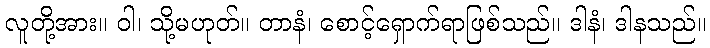
လူတို့အား။ ဝါ၊ သို့မဟုတ်။ တာနံ၊ စောင့်ရှောက်ရာဖြစ်သည်။ ဒါနံ၊ ဒါနသည်။